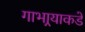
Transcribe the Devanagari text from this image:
गाभार्‍याकडे